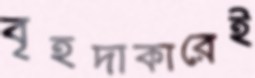
বৃহদাকারেই